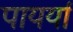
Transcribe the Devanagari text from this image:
पायर्या